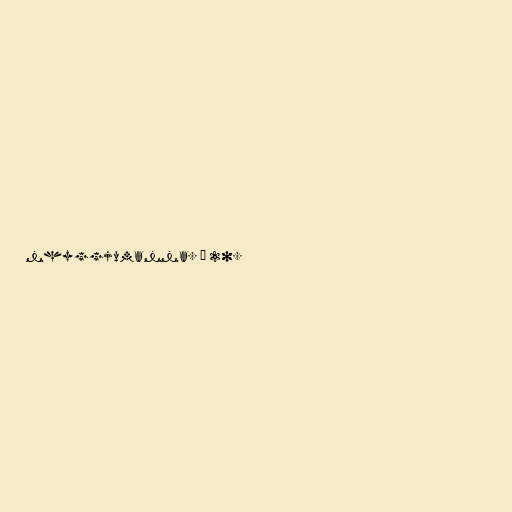
nhyggjumanna. Á 20.